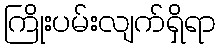
ကြိုးပမ်းလျက်ရှိရာ